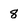
Character: 8